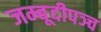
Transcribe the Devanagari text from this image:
जम्बूदीपञ्च